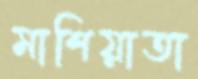
মাশিয়াতা